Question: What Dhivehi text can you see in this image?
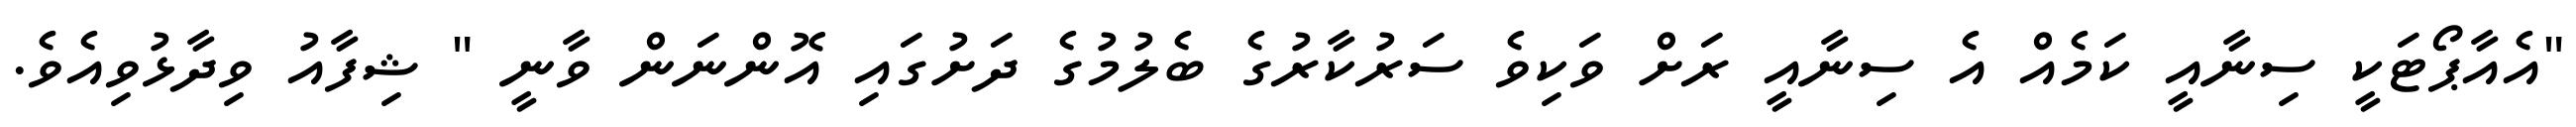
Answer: "އެއާޕޯޓަކީ ސިނާއީ ކަމެއް އެ ސިނާއީ ރަށް ވަކިވެ ސަރުކާރުގެ ބެލުމުގެ ދަށުގައި އޮންނަން ވާނީ " ޝިފާއު ވިދާޅުވިއެވެ.